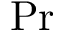
\operatorname* { P r }